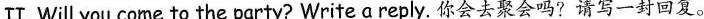
II. Will you come to the party? Write a reply. 你会去聚会吗?请写一封回复.